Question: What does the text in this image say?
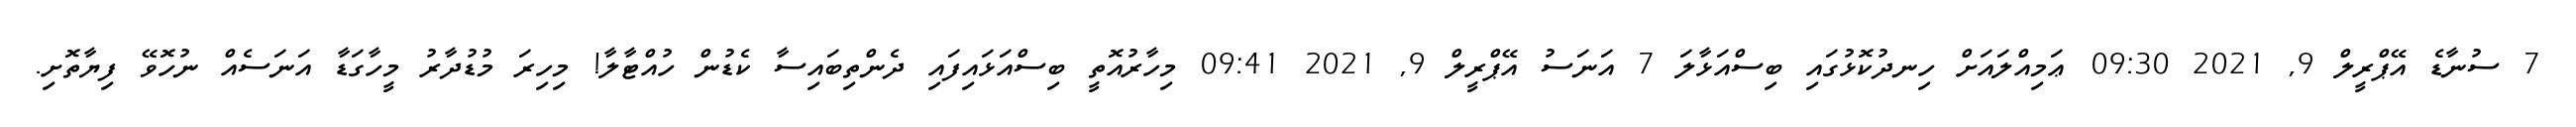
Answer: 7 ސުނާޑެ އޭޕްރީލް 9, 2021 09:30 ޢަމިއްލައަށް ހިނދުކޮޅުގައި ބިސްއަޅާލަ 7 އަނަސު އޭޕްރީލް 9, 2021 09:41 މިހާރުއޮތީ ބިސްއަޅައިފައި ދެންތިބައިސާ ކެޑުން ހުއްޓާލާ! މިހިރަ މުޑުދާރު މީހާގަޑާ އަނަސެއް ނުހޮވޭ ފިޔާތޮށި.